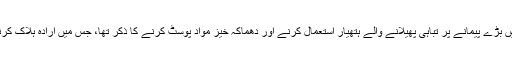
الزامات میں بڑے پیمانے پر تباہی پھیلانے والے ہتھیار استعمال کرنے اور دھماکہ خیز مواد پوسٹ کرنے کا ذکر تھا، جس میں ارادہ ہلاک کرنے کا تھا۔